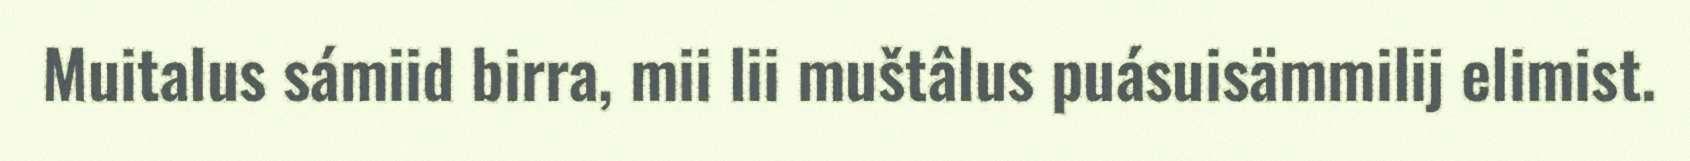
Muitalus sámiid birra, mii lii muštâlus puásuisämmilij elimist.